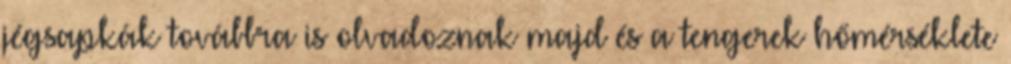
jégsapkák továbbra is olvadoznak majd és a tengerek hőmérséklete